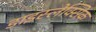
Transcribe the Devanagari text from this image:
डाइस्लेक्सिक